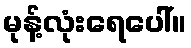
မုန့်လုံးရေပေါ်။